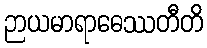
ဉာယမာရာဓေဿတီတိ